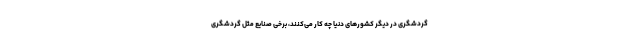
گردشگری در دیگر کشورهای دنیا چه کار می‌کنند، برخی صنایع مثل گردشگری